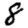
Digit: 8